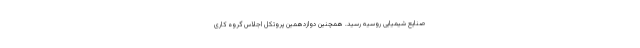
صنایع شیمیایی روسیه رسید. همچنین دوازدهمین پروتکل اجلاس گروه کاری